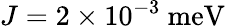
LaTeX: J=2\times 10^{-3}~\mathrm{meV}